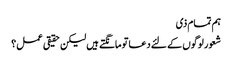
ہم تمام ذی
شعور لوگوں کے لئے دعا تو مانگتے ہیں لیکن حقیقی عمل؟